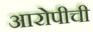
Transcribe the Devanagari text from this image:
आरोपीची